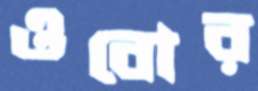
ওবোর